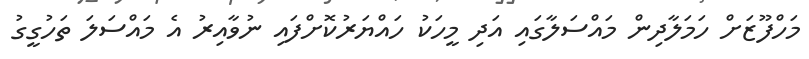
މަހްފޫޒަށް ހަމަލާދިން މައްސަލާގައި އަދި މީހަކު ހައްޔަރުކޮށްފައި ނުވާއިރު އެ މައްސަލަ ތަހުގީގު